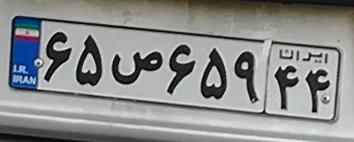
۶۵ص۶۵۹۴۴